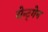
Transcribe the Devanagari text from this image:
रोन्ट्गेेन